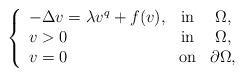
LaTeX: \begin{align*}\left\{\begin{array}{lcc}-\Delta v = \lambda v^{q} + f(v), &\textup{in}& \Omega, \\v>0 &\textup{in}& \Omega, \\v=0 &\textup{on}& \partial\Omega,\end{array}\right.\end{align*}